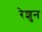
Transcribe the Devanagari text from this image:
रेशुन